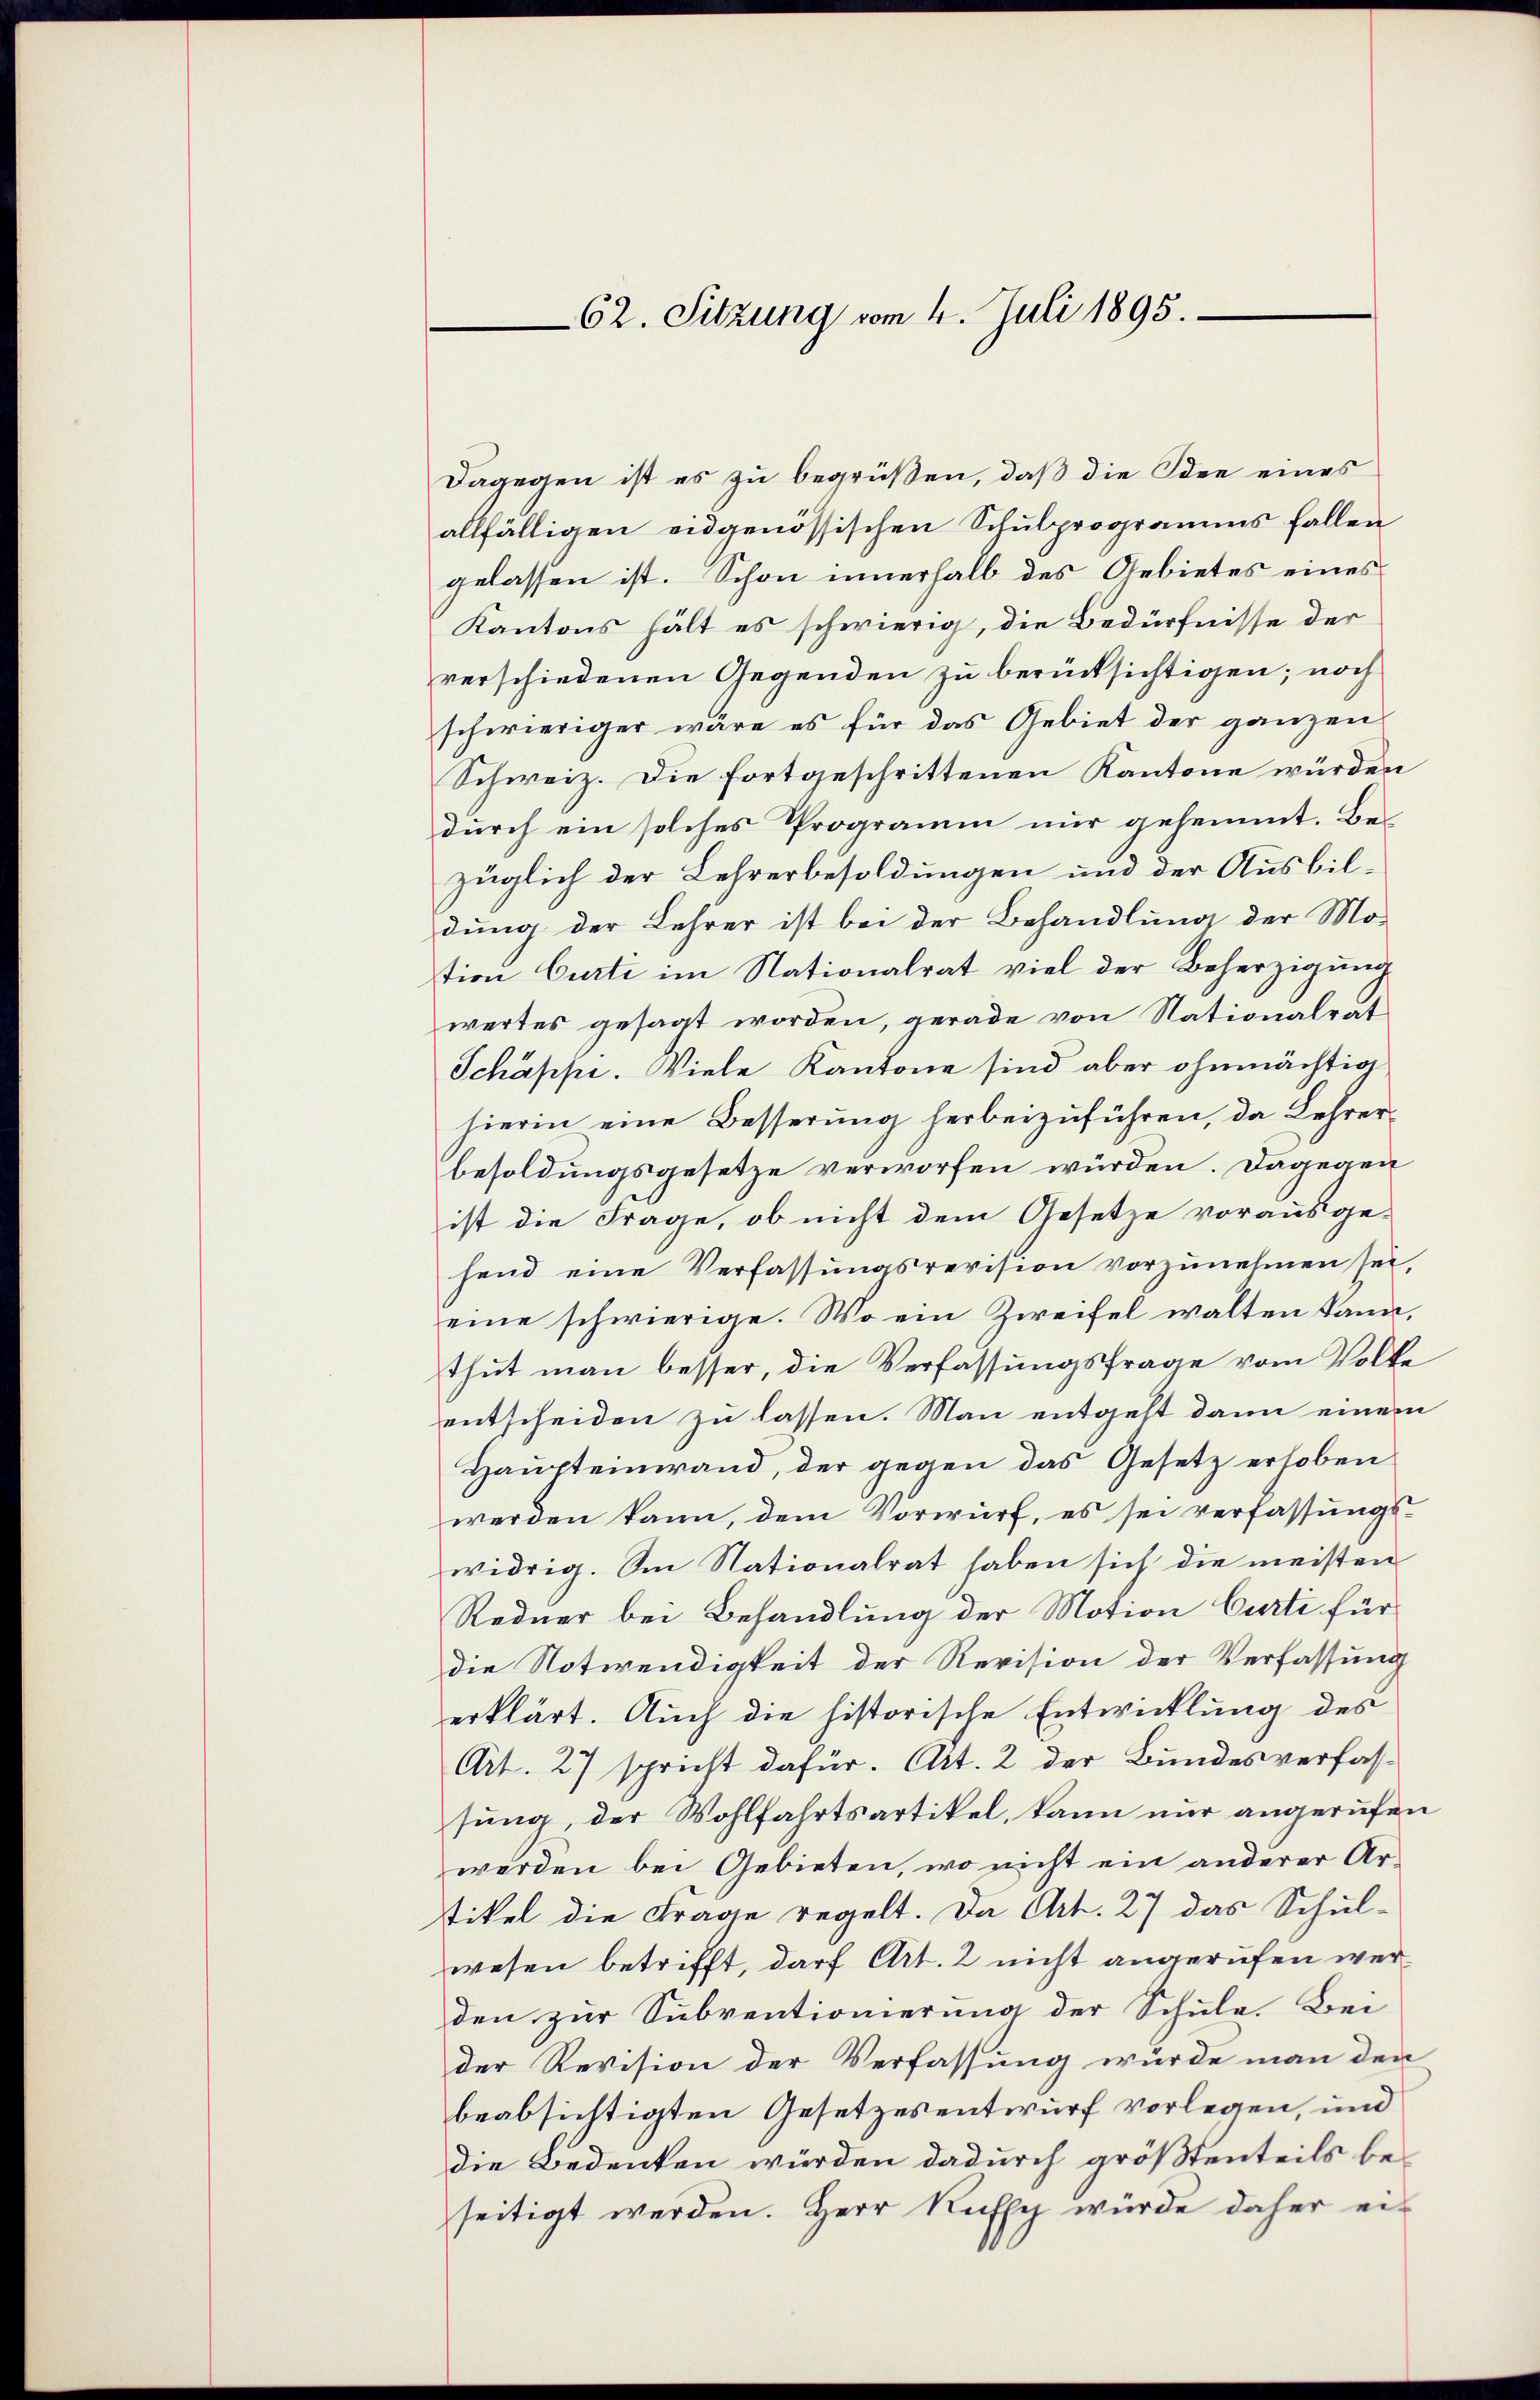
62. Sitzung vom 4. Juli 1895.

Dagegen ist es zu begrüßen, daß die Idee eines
allfälligen eidgenössischen Schulprogramms fallen
gelassen ist. Schon innerhalb des Gebietes eines
Kantons hält es schwierig, die Bedürfnisse der
verschiedenen Gegenden zu berücksichtigen; noch
schwieriger wäre es für das Gebiet der ganzen
Schweiz. Die fortgeschrittenen Kantone würden
durch ein solches Programm nur gehemmt. Bezüglich der Lehrerbesoldungen und der Ausbildung der Lehrer ist bei der Behandlung der Mo-
tion Curti im Nationalrat viel der Beherzigung
wertes gesagt worden, gerade von Nationalrat
Schäppi. Viele Kantone sind aber ohnmächtig
hierin eine Besserung herbeizuführen, da Lehrerbesoldungsgesetze verworfen würden. Dagegen
ist die Frage, ob nicht dem Gesetze vorausge-
hend eine Verfassungsrevision vorzunehmen sei,
eine schwierige. Wo ein Zweifel walten kann,
thut man besser, die Verfassungsfrage vom Volke
entscheiden zu lassen. Man entgeht dann einem
Haupteinwand, der gegen das Gesetz erhoben
werden kann, dem Vorwurf, es sei verfassungswidrig. Am Nationalrat haben sich die meisten
Redner bei Behandlung der Motion Curti für
die Notwendigkeit der Revision der Verfassung
erklärt. Auch die historische Entwicklung des
Art. 27 spricht dafür. Art. 2 der Bundesverfassung, der Wohlfahrtsartikel, kann nur angerufen
werden bei Gebieten, wo nicht ein anderer Arstikel die Frage regelt. Da Art. 27 das Schul-
wesen betrifft, darf Art. 2 nicht angerufen werden zur Subventionierung der Schule. Bei
der Revision der Verfassung wurde man den
beabsichtigten Gesetzesentwurf vorlegen, und
die Bedenken würden dadurch größtenteils be-
seitigt werden. Herr Rufsch würde daher ei¬